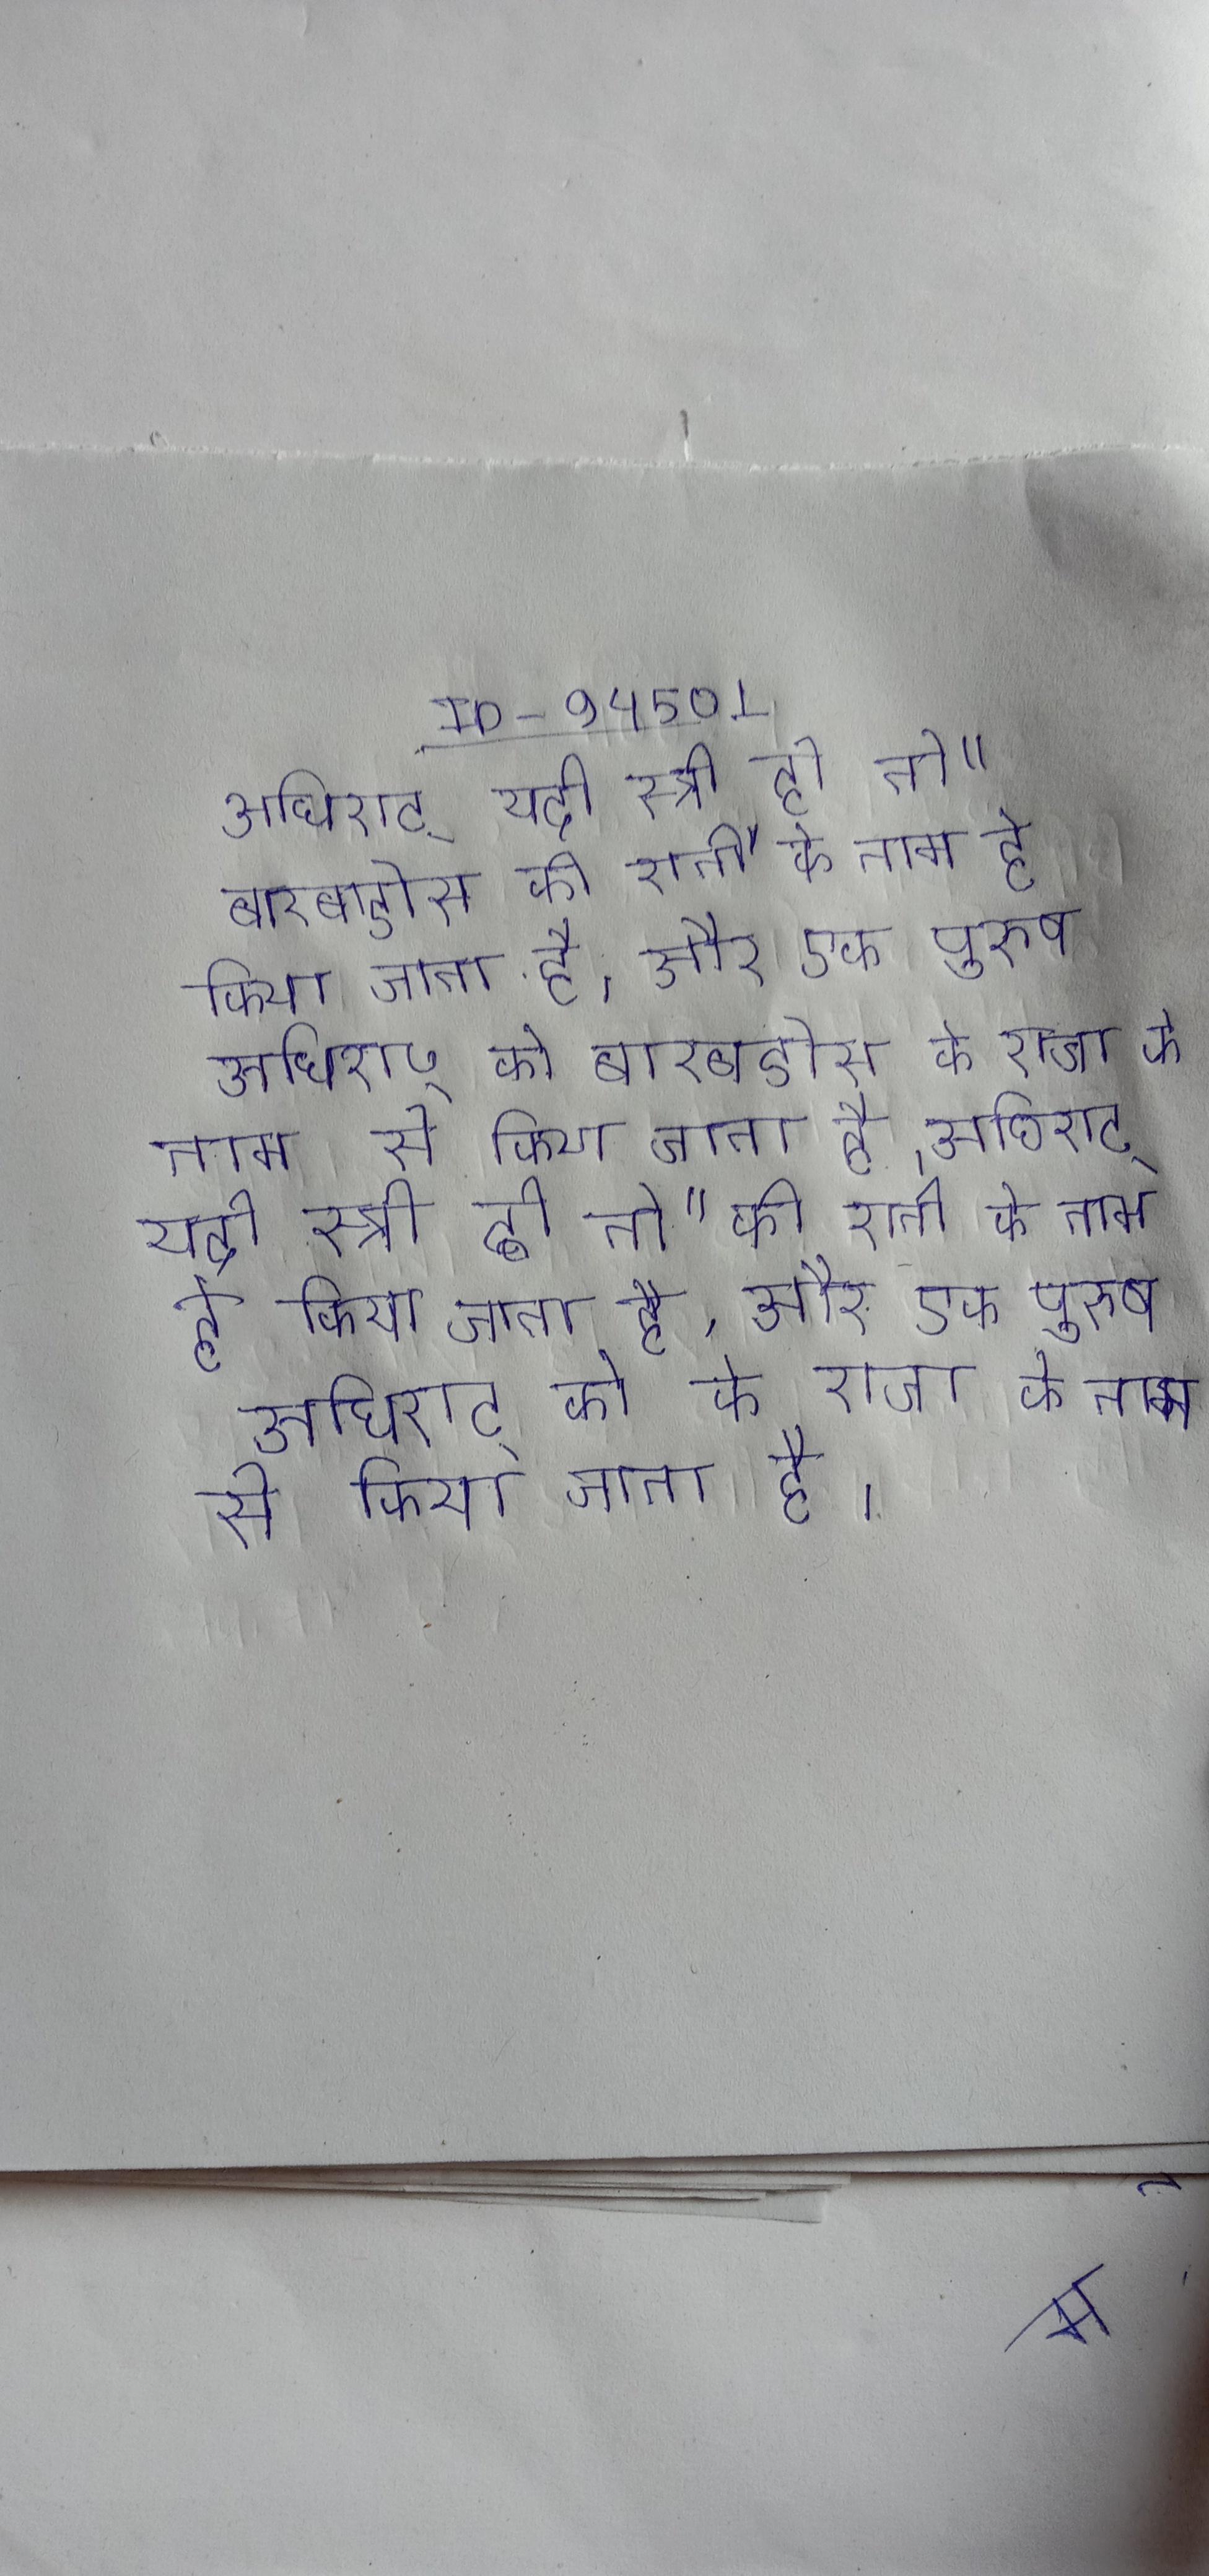
अधिराट् यदी स्त्री हो तो " बारबाडोस की रानी" के नाम हे किया जाता है, और एक पुरुष अधिराट् को " बारबाडोस के राजा के नाम से किया जाता है । अधिराट् यदी स्त्री हो तो " की रानी" के नाम हे किया जाता है, और एक पुरुष अधिराट् को " के राजा के नाम से किया जाता है ।